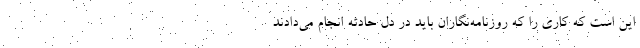
این است که کاری را که روزنامه‌نگاران باید در دل حادثه انجام می‌دادند